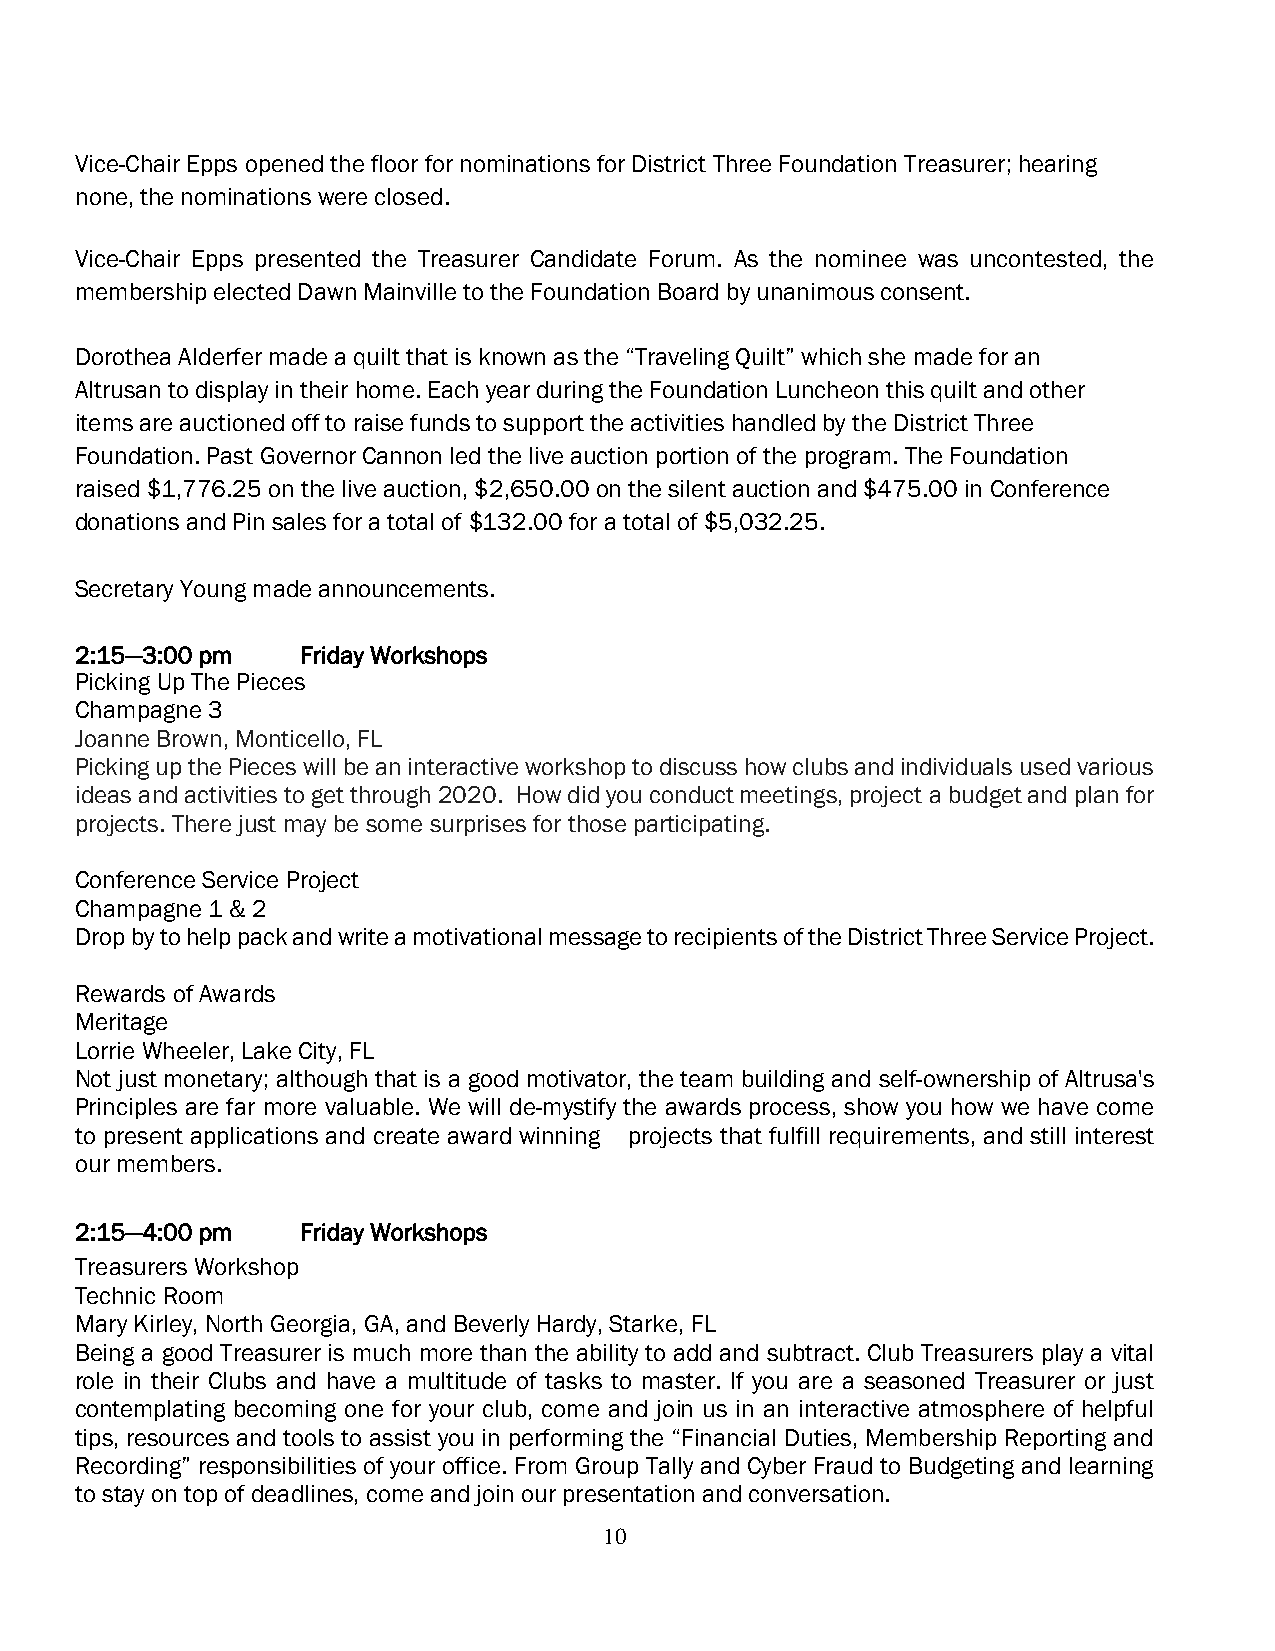
Vice-Chair Epps opened the floor for nominations for District Three Foundation Treasurer; hearing
 none, the nominations were closed.
 Vice-Chair Epps presented the Treasurer Candidate Forum. As the nominee was uncontested, the
 membership elected Dawn Mainville to the Foundation Board by unanimous consent.
 Dorothea Alderfer made a quilt that is known as the “Traveling Quilt” which she made for an
 Altrusan to display in their home. Each year during the Foundation Luncheon this quilt and other
 items are auctioned off to raise funds to support the activities handled by the District Three
 Foundation. Past Governor Cannon led the live auction portion of the program. The Foundation
 raised $1,776.25 on the live auction, $2,650.00 on the silent auction and $475.00 in Conference
 donations and Pin sales for a total of $132.00 for a total of $5,032.25.
 Secretary Young made announcements.
 2:15—3:00 pm   Friday Workshops
 Picking Up The Pieces
 Champagne 3
 Joanne Brown, Monticello, FL
 Picking up the Pieces will be an interactive workshop to discuss how clubs and individuals used various
 ideas and activities to get through 2020. How did you conduct meetings, project a budget and plan for
 projects. There just may be some surprises for those participating.
 Conference Service Project
 Champagne 1 & 2
 Drop by to help pack and write a motivational message to recipients of the District Three Service Project.
 Rewards of Awards
 Meritage
 Lorrie Wheeler, Lake City, FL
 Not just monetary; although that is a good motivator, the team building and self-ownership of Altrusa's
 Principles are far more valuable. We will de-mystify the awards process, show you how we have come
 to present applications and create award winning projects that fulfill requirements, and still interest
 our members.
 2:15—4:00 pm   Friday Workshops
 Treasurers Workshop
 Technic Room
 Mary Kirley, North Georgia, GA, and Beverly Hardy, Starke, FL
 Being a good Treasurer is much more than the ability to add and subtract. Club Treasurers play a vital
 role in their Clubs and have a multitude of tasks to master. If you are a seasoned Treasurer or just
 contemplating becoming one for your club, come and join us in an interactive atmosphere of helpful
 tips, resources and tools to assist you in performing the “Financial Duties, Membership Reporting and
 Recording” responsibilities of your office. From Group Tally and Cyber Fraud to Budgeting and learning
 to stay on top of deadlines, come and join our presentation and conversation.
 10